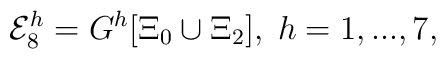
{\cal E}_{8}^{h} = G^{h}[\Xi_{0} \cup \Xi_{2}], \; h=1,...,7,